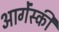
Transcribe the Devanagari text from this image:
आर्गेंस्की